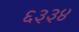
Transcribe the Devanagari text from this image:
६३३४